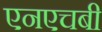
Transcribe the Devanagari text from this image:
एनएचबी